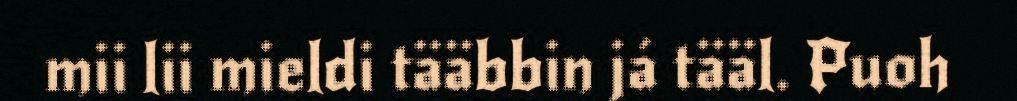
mii lii mieldi tääbbin já tääl. Puoh